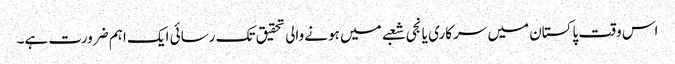
اس وقت پاکستان میں سرکاری یا نجی شعبے میں ہونے والی تحقیق تک رسائی ایک اہم ضرورت ہے۔